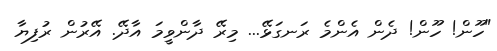
"ހޫން! ހޫން! ދެން އެންމެ ރަނގަޅޭ... މިރޭ ދާންވީމަ އާދޭ. އޭރުން ރުފިޔާ